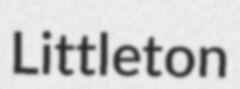
Littleton